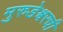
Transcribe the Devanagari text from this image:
मुरुडेश्वरची